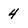
Character: 4